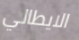
الايطالي